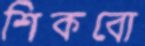
শিকবো